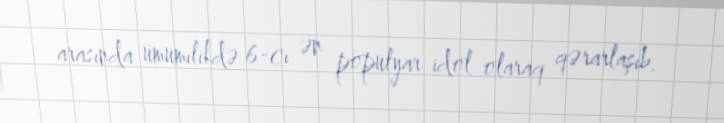
arasında ümumilikdə 6-cı ən populyar idol olaraq qərarlaşıb.